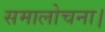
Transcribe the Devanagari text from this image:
समालोचना।